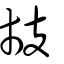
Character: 𢺷